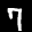
Label: 7